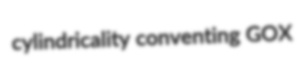
cylindricality conventing GOX